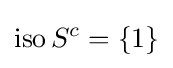
\operatorname {iso} S^{c}=\{1\}